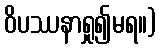
ဝိပဿနာရှု၍မရ။)